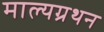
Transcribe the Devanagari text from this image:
माल्यग्रथन